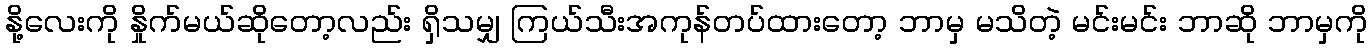
နို့လေးကို နှိုက်မယ်ဆိုတော့လည်း ရှိသမျှ ကြယ်သီးအကုန်တပ်ထားတော့ ဘာမှ မသိတဲ့ မင်းမင်း ဘာဆို ဘာမှကို